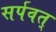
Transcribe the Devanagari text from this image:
सर्पवत्